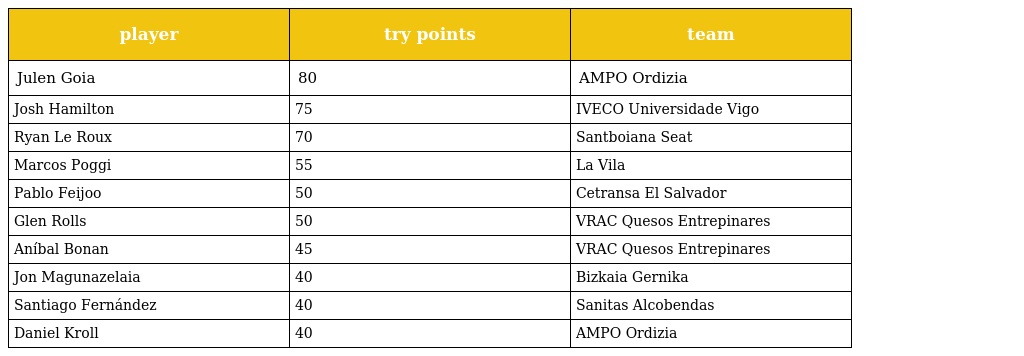
| player | try points | team |
 | --- | --- | --- |
 | Julen Goia | 80 | AMPO Ordizia |
 | Josh Hamilton | 75 | IVECO Universidade Vigo |
 | Ryan Le Roux | 70 | Santboiana Seat |
 | Marcos Poggi | 55 | La Vila |
 | Pablo Feijoo | 50 | Cetransa El Salvador |
 | Glen Rolls | 50 | VRAC Quesos Entrepinares |
 | Aníbal Bonan | 45 | VRAC Quesos Entrepinares |
 | Jon Magunazelaia | 40 | Bizkaia Gernika |
 | Santiago Fernández | 40 | Sanitas Alcobendas |
 | Daniel Kroll | 40 | AMPO Ordizia |